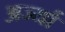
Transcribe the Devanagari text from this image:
अर्ज्या